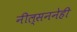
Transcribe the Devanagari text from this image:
नील्सननेही